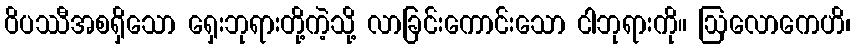
ဝိပဿီအစရှိသော ရှေးဘုရားတို့ကဲ့သို့ လာခြင်းကောင်းသော ငါဘုရားကို။ ဩလောကေဟိ၊